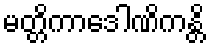
မတ္တိကာဒေါဏိကန္တိ